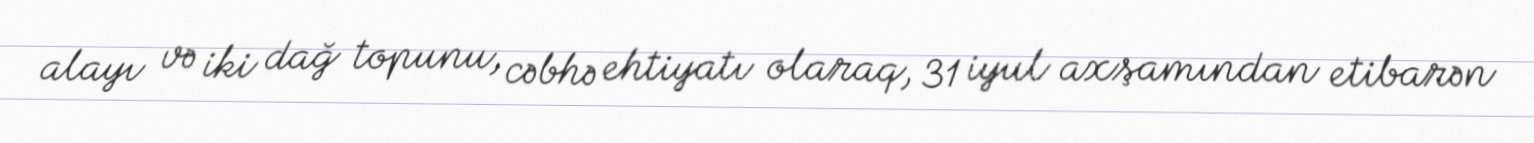
alayı və iki dağ topunu, cəbhə ehtiyatı olaraq, 31 iyul axşamından etibarən